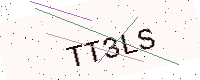
Text: TT3LS